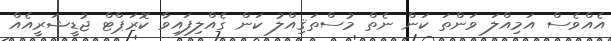
އެއްވެސް އަމިއްލަ ވަންތަ ކަން ނެތް މުސްތަޤިއްލު ކަން ގެއްލިފައިވާ ކޮރަޕްޓް ޖުޑީޝަރީއެއް